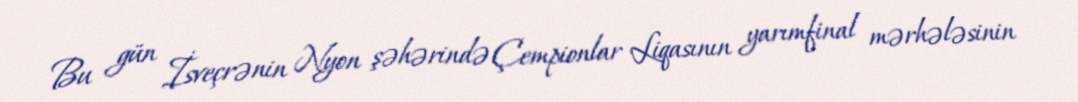
Bu gün İsveçrənin Nyon şəhərində Çempionlar Liqasının yarımfinal mərhələsinin